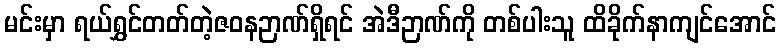
မင်းမှာ ရယ်ရွှင်တတ်တဲ့ဇဝနဉာဏ်ရှိရင် အဲဒီဉာဏ်ကို တစ်ပါးသူ ထိခိုက်နာကျင်အောင်